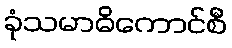
ခုံသမာဓိကောင်စီ